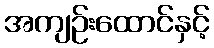
အကျဉ်းထောင်နှင့်